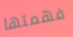
فهمتها